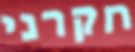
חקרני